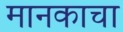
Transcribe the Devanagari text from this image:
मानकाचा